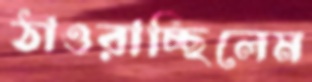
ঠাওরাচ্ছিলেম